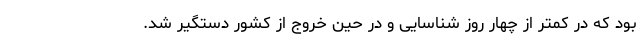
بود که در کمتر از چهار روز شناسایی و در حین خروج از کشور دستگیر شد.